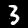
Digit: 3